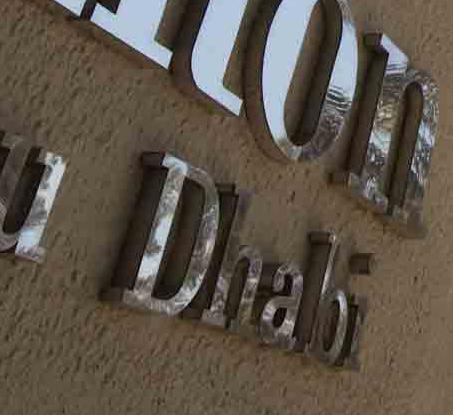
dhabi